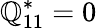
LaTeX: \mathbb{Q}_{11}^{*}=0